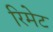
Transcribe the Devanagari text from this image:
रिमेट